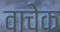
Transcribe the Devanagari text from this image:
वाचेक